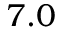
7 . 0